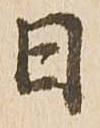
日